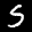
Label: 5